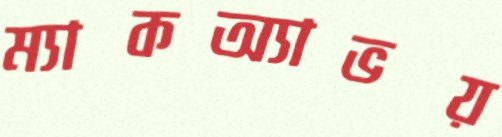
ম্যাকঅ্যাভয়